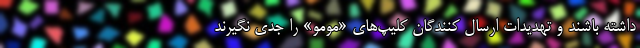
داشته باشند و تهدیدات ارسال کنندگان کلیپ‌های «مومو» را جدی نگیرند